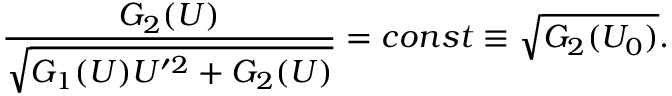
\frac { G _ { 2 } ( U ) } { \sqrt { G _ { 1 } ( U ) U ^ { \prime 2 } + G _ { 2 } ( U ) } } = c o n s t \equiv \sqrt { G _ { 2 } ( U _ { 0 } ) } .